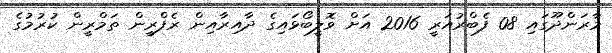
މާރަންދޫގައި 08 ފެބްރުއަރީ 2016 އަށް ވޮލީބޯޅައިގެ ދާއިރާއިން ރެފްރީން ތަމްރީން ކުރުމުގެ